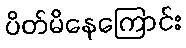
ပိတ်မိနေကြောင်း